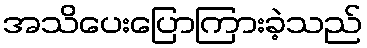
အသိပေးပြောကြားခဲ့သည်